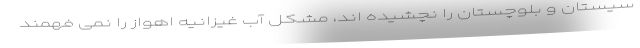
سیستان و بلوچستان را نچشیده اند، مشکل آب غیزانیه اهواز را نمی فهمند